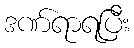
ဒဏ်ရာရပြီး